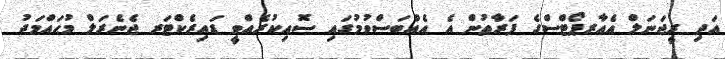
އަދި ރީޖަނަލް އެއާރޕޯޓްސްގެ ފަރާތުން އެ އެއްބަސްވުމުގައި ސޮއިކުރެއްވީ ޑައިރެކްޓަރ ޖެނެރަލް މުޙައްމަދު